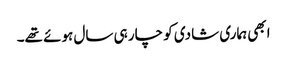
ابھی ہماری شادی کو چار ہی سال ہوئے تھے۔